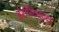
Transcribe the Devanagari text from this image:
इंस्टीट्युट्स